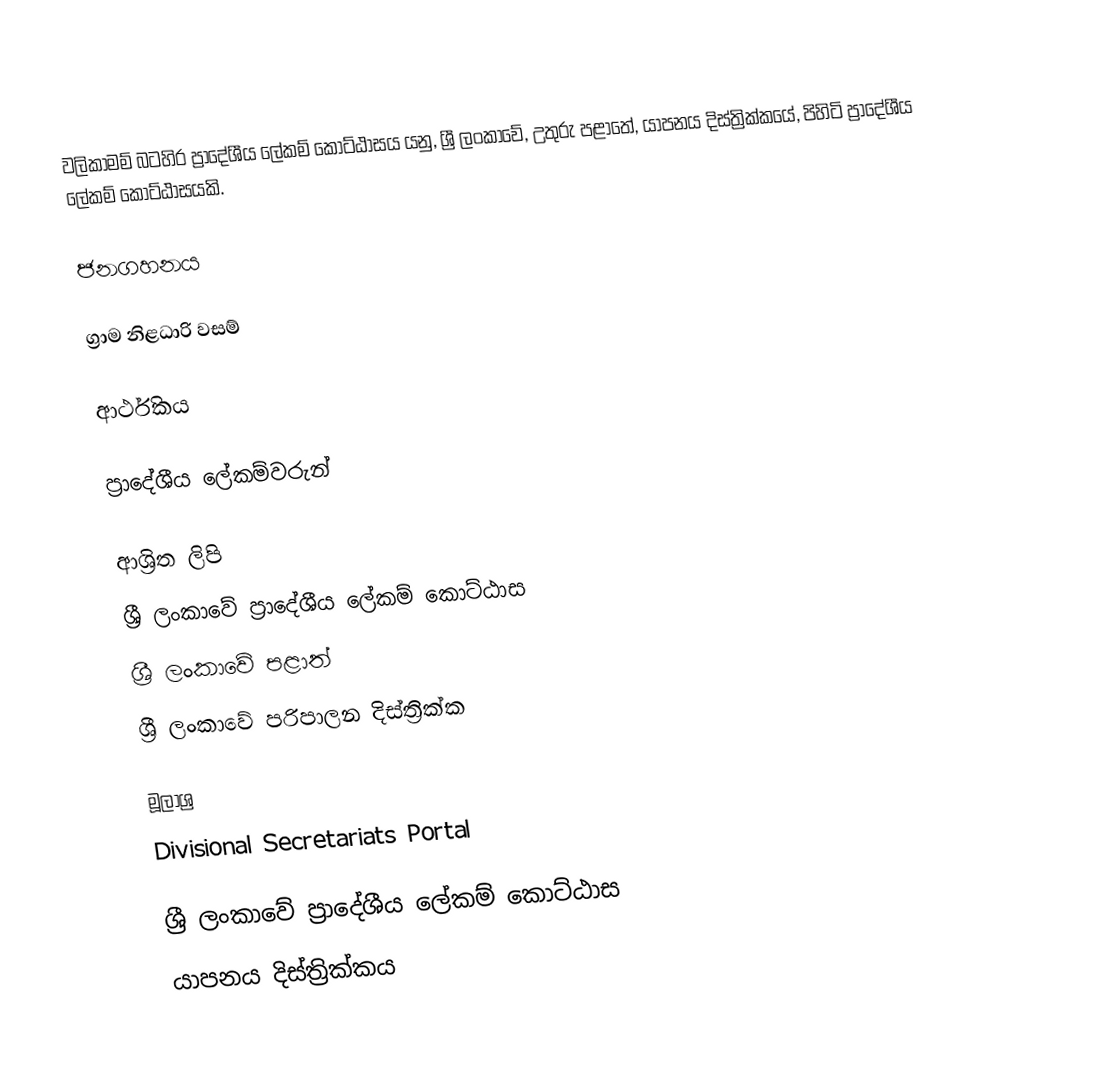
වලිකාමම් බටහිර ප්‍රාදේශීය ලේකම් කොට්ඨාසය යනු,  ශ්‍රී ලංකාවේ, උතුරු පළාතේ,   යාපනය දිස්ත්‍රික්කයේ, පිහිටි ප්‍රාදේශීය ලේකම් කොට්ඨාසයකි.

ජනගහනය

ග්‍රාම නිළධාරි වසම්

ආර්ථිකය

ප්‍රාදේශීය ලේකම්වරුන්

ආශ්‍රිත ලිපි
ශ්‍රී ලංකාවේ ප්‍රාදේශීය ලේකම් කොට්ඨාස
ශ්‍රී ලංකාවේ පළාත්
ශ්‍රී ලංකාවේ පරිපාලන දිස්ත්‍රික්ක

මූලාශ්‍ර
 Divisional Secretariats Portal

ශ්‍රී ලංකාවේ ප්‍රාදේශීය ලේකම් කොට්ඨාස
යාපනය දිස්ත්‍රික්කය